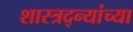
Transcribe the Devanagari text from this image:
शास्त्रद्न्यांच्या